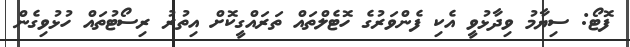
ފޮޓޯ: ސިޔާމު ވިދާޅުވީ އެކި ފެންވަރުގެ ހޮޓެލްތައް ތަރައްގީކޮށް އިތުރު ރިސޯޓުތައް ހުޅުވިގެން